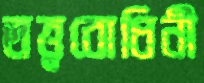
তত্ত্ববোধিনী